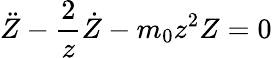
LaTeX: \ddot{Z}-\frac{2}{z}\dot{Z}-m_{0}z^{2}Z=0